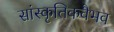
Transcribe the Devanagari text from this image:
सांस्कृतिकवैभव